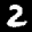
Label: 2